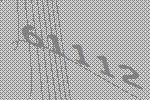
61112